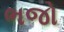
ભજો